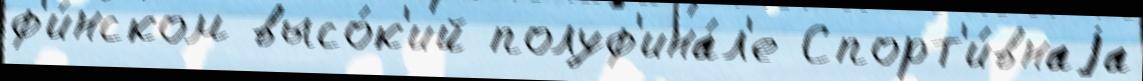
ф'и́нском высо́к'ий полуф'ина́л'е Спорт'и́внаjа